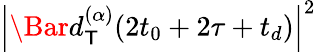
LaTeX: \left|\Bar{d}_{\mathsf{T}}^{(\alpha)}(2t_{0}+2\tau+t_{d})\right|^{2}